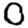
Digit: 0